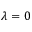
\lambda = 0